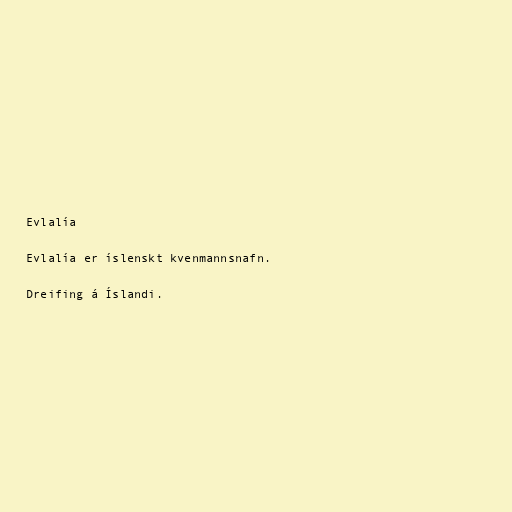
Evlalía

Evlalía er íslenskt kvenmannsnafn.

Dreifing á Íslandi.